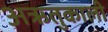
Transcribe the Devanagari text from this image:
अऋतुकाली